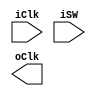
module multiplexer (
  input [2:0] iClk,
  input [1:0] iSW,
  output      oClk
);



endmodule